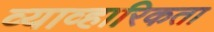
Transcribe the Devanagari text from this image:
व्याव्हारिकता